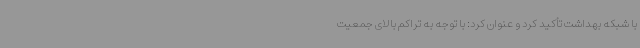
با شبکه بهداشت تأکید کرد و عنوان کرد: با توجه به تراکم بالای جمعیت